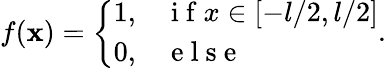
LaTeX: f(\mathbf{x})=\left\{ \begin{array}{ll}{1,}&{\mathrm{~i~f~}x\in[-l/2,l/2]}\\ {0,}&{\mathrm{~e~l~s~e~}}\end{array}\right..